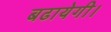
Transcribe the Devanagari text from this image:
बढायेगी।